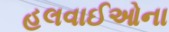
હલવાઈઓના